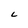
Character: C